Vital statistics of India. Vol. IV, Annual returns from 1871 to 1876. British Army of India, Native Army and jails of Bengal
Year: 1871
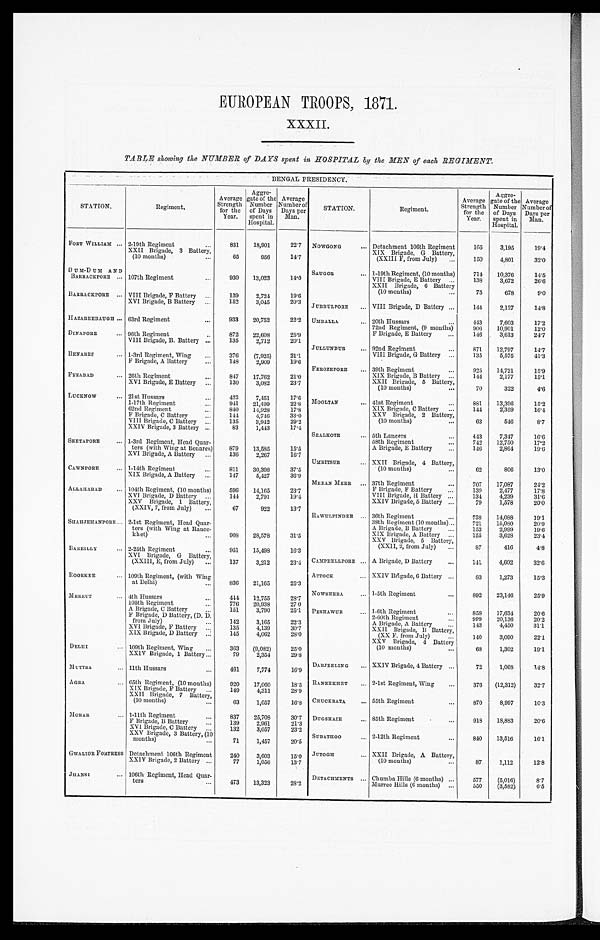
EUROPEAN TROOPS, 1871.
XXXII.
TABLE showing the NUMBER of DAYS spent in HOSPITAL by the MEN of each REGIMENT.
BENGAL PRESIDENCY.
STATION.
Regiment.
Average
Strength
for the
Year.
Aggre-
gate of the
Number
of Days
spent in
Hospital.
Average
Number of
Days per
Man.
STATION.
Regiment.
Average
Strength
for the
Year.
Aggre-
gate of the
Number
of Days
spent in
Hospital.
Average
Number of
Days per
Man.
FORT WILLIAM
2-19th Regiment
831
18,901
22.7 NOWGONG
Detachment 106th Regiment
165
3,195
19.4
XXII Brigade, 3 Battery,
(10 months)
65
956
14.7
XIX Brigade, G Battery,
(XXIII F, from July)
150
4,801
32.0
DUM-DUM AND
BARRACKPORE 107th Regiment
930 13,023
14.0
SAUGOR
1-19th Regiment, (10 months)
714 10,376
14.5
VIII Brigade, E Battery
138
3,672
26.6
XXII Brigade, 6 Battery
(10 months)
75
678
9.0
BARRACKPORE
VIII Brigade, F Battery
139
2,724
19. 6
JUBBULPORE
VIII Brigade, D Battery
144
2,127
14.8
XVI Brigade, B Battery
152
3,045
20.3
HAZAREEBAUGH 63rd Regiment
933
20,752
22.2 UMBALLA
20th Hussars
443
7,603
17.2
72nd Regiment, (9 months)
906 10,901
12.0
DINAPORE
96th Regiment
872 22,608
25. 9
F Brigade, E Battery
146
3,613
24.7
VIII Brigade, B. Battery
135
2,712
20.1 JULLUNDUR 92nd Regiment
871
12,797
14.7
BENARES
1-3rd Regiment, Wing
376
(7,925)
21.1
VIII Brigade, G Battery
135
5,575
41.3
F Brigade, A Battery
148
2,909
19.6 FEROZEPORE
39th Regiment
925
14,721
15.9
FYZABAD
26th Regiment
847
1 7 , 7 6 2
21.0
XIX Brigade, B Battery
144
2,177
15.1
XVI Brigade, E Battery
1 3 0 3 , 0 8 2
23.7
XXII Brigade, 5 Battery,
(10 months)
70
322
4.6
LUCKNOW
21st Hussars
423
7,451
17.6 MOOLTAN
41st Regiment
881
13,396
15.2
1-17th Regiment
941
21,499
2 2 . 8
XIX Brigade, C Battery
144
2,359
16.4
62nd Regiment
840
14,928
17. 8
XXV Brigade, 2 Battery,
(10 months)
63
546
8.7
F Brigade, C Battery
144
4,746
33.0
VIII Brigade, C Battery
135
3,942
2 9 . 2
XXIV Brigade, 3 Battery
83
1,443
17.4 SEALKOTE 5th Lancers
443
7,347
16.6
SEETAPORE
1-3rd Regiment, Head Quar-
ters (with Wing at Benares)
879
13,585
15.5
58th Regiment
7 4 2 1 2 , 7 5 0
1 7 . 2
A Brigade, E Battery
146
2 , 8 6 4
19.6
XVI Brigade, A Battery
136
2,267
16.7 UMRITSUR
XXII Brigade, 4 Battery,
(10 months)
62
806
13.0
CAWNPORE 1-14th Regiment
811
30,398
37.5
XIX Brigade, A Battery
147
5,427
36.9 MEEAN MEER 37th Regiment
707
17,087
24.2
ALLAHABAD
104th Regiment, (10 months)
596
14,165
23.7
F Brigade, F Battery
139
2,477
17.8
XVI Brigade, D Battery
144
2,791
19.4
VIII Brigade, H Battery
134
4,239
31.6
XXV Brigade, 1 Battery,
(XXIV, 7, from July)
67
922
13.7
XXIV Brigade, 5 Battery
79
1,578
20.0
RAWULPINDEE
36th Regiment
738
14,088
19.1
38th Regiment (10 months)
721
1 5 , 0 8 0
20.9
SHAHJENANPORE 2-1st Regiment, Head Quar-
ters (with Wing at Ranee-
khet)
908 28,578
31.5
A B r i g a d e , B B a t t e r y
153
2 , 9 9 9
19.6
XIX Brigade, A Battery
155
3,628
23.4
XXV Brigade, 5 Battery,
(XXII, 2, from July)
87
416
4.8
BAREILLY 2-25th Regiment
951
15,498
16.3
XVI. Brigade, G Battery,
(XXIII, E, from July)
137
3,212
23.4
CAMPBELLPORE A Brigade, D Battery
141
4,602
32.6
ROORKEE
109th Regiment, (with Wing
at Delhi)
8 3 621,165
25.3
ATTOCK
XXIV Brigade, 6 Battery
83
1,273
15.3
MEERUT
4th Hussars
4 4 4
12,755
28.7
NOWSHERA 1-5th Regiment
892
23,146
25.9
105th Regiment
776 20,938
27.0
A Brigade, C Battery
151
3,790
25.1 PESHAWUR
1-6th Regiment
858
17,634
20.6
F Brigade, D Battery, (D. D.
from July)
142
3,165
22.3
2-60th Regiment
999
20,136
20.2
A Brigade, A Battery
143
4,450
31.1
XVI Brigade, F Battery
135
4,139
30.7
XXII Brigade, B Battery,
(XX F. from July)
140
3,090
22.1
XIX Brigade, D Battery
145
4,062
28.0
DELHI
109th Regiment, Wing
363 (9,082)
25.0
XXV Brigade, 4 Battery
(10 months)
68
1,302
19.1
XXIV Brigade, 1 Battery
79
2,354
29.8
DARJEELING
XXIV Brigade, 4 Battery
72
1,068
14.8
MUTTRA
11th Hussars
461
7,774
16.9
AGRA
65th Regiment, (10 months)
920
17,060
18.5 RANEEKHET
2-1st Regiment, Wing
376 (12,312)
32.7
XIX Brigade, 1 Battery
149
4,311
28.9
XXII Brigade, 7 Battery,
(10 months)
63
1,057
16.8 CHUCKRATA
55th Regiment
870
8,997
10.3
M O R A R
1-11th Regiment
837
25,708
30.7 DUGSHAIE
85th Regiment
918
18,883
20.6
F Brigade, B Battery
139
2,961
2 1 . 3
XVI Brigade, C Battery
132
3,057
23.2
XXV Brigade, 3 Battery, (10
months)
71
1,457
20.5
SUBATHOO 2-12th Regiment
840 13,516
16.1
GWALIOR FORTRESS Detachment 106th Regiment
240
3,603
15.0 JUTOGH
XXII Brigade, A Battery,
(10 months)
87
1,112
12.8
XXIV Brigade, 2 Battery
77
1,056
13.7
JHANSI
106th Regiment, Head Quar-
ters
473 13,323
28.2
DETACHMENTS Chumba Hills (6 months)
577
(5,016)
8.7
Murree Hills (6 months)
550
(3,582)
6.5